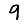
Digit: 9